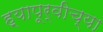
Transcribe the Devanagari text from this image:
ह्यापूर्वीच्या